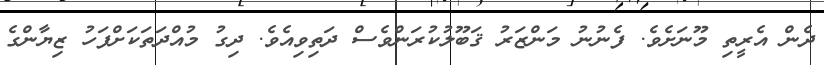
ދެން އެރީތި މޫނަށެވެ. ފެނުނު މަންޒަރު ޤަބޫލުކުރަންވެސް ދަތިވިއެވެ. ދިގު މުއްދަތަކަށްފަހު ޒިޔާންގެ